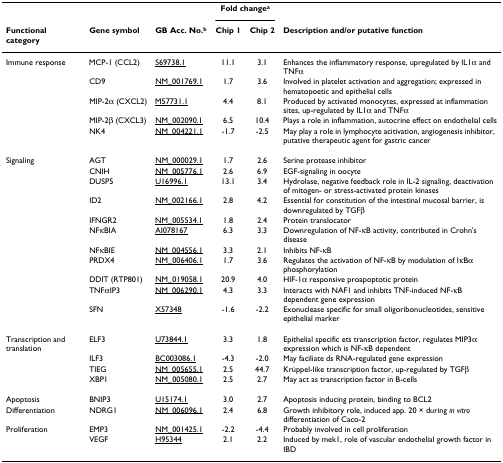
<table><thead><tr><td></td><td></td><td></td><td colspan="2"><b>Fold change<sup>a</sup></b></td><td></td></tr><tr><td><b>Functional category</b></td><td><b>Gene symbol</b></td><td><b>GB Acc. No.<sup>b</sup></b></td><td><b>Chip 1</b></td><td><b>Chip 2</b></td><td><b>Description and/or putative function</b></td></tr></thead><tbody><tr><td>Immune response</td><td>MCP-1 (CCL2)</td><td>S69738.1</td><td>11.1</td><td>3.1</td><td>Enhances the inflammatory response, upregulated by IL1α and TNFα</td></tr><tr><td></td><td>CD9</td><td>NM_001769.1</td><td>1.7</td><td>3.6</td><td>Involved in platelet activation and aggregation; expressed in hematopoetic and epithelial cells</td></tr><tr><td></td><td>MIP-2α (CXCL2)</td><td>M57731.1</td><td>4.4</td><td>8.1</td><td>Produced by activated monocytes, expressed at inflammation sites, up-regulated by IL1α and TNFα</td></tr><tr><td></td><td>MIP-2β (CXCL3)</td><td>NM_002090.1</td><td>6.5</td><td>10.4</td><td>Plays a role in inflammation, autocrine effect on endothelial cells</td></tr><tr><td></td><td>NK4</td><td>NM_004221.1</td><td>-1.7</td><td>-2.5</td><td>May play a role in lymphocyte acitivation, angiogenesis inhibitor, putative therapeutic agent for gastric cancer</td></tr><tr><td>Signaling</td><td>AGT</td><td>NM_000029.1</td><td>1.7</td><td>2.6</td><td>Serine protease inhibitor</td></tr><tr><td></td><td>CNIH</td><td>NM_005776.1</td><td>2.6</td><td>6.9</td><td>EGF-signaling in oocyte</td></tr><tr><td></td><td>DUSP5</td><td>U16996.1</td><td>13.1</td><td>3.4</td><td>Hydrolase, negative feedback role in IL-2 signaling, deactivation of mitogen- or stress-activated protein kinases</td></tr><tr><td></td><td>ID2</td><td>NM_002166.1</td><td>2.8</td><td>4.2</td><td>Essential for constitution of the intestinal mucosal barrier, is downregulated by TGFβ</td></tr><tr><td></td><td>IFNGR2</td><td>NM_005534.1</td><td>1.8</td><td>2.4</td><td>Protein translocator</td></tr><tr><td></td><td>NFκBIA</td><td>AI078167</td><td>6.3</td><td>3.3</td><td>Downregulation of NF-κB activity, contributed in Crohn&#x27;s disease</td></tr><tr><td></td><td>NFκBIE</td><td>NM_004556.1</td><td>3.3</td><td>2.1</td><td>Inhibits NF-κB</td></tr><tr><td></td><td>PRDX4</td><td>NM_006406.1</td><td>1.7</td><td>3.6</td><td>Regulates the activation of NF-κB by modulation of IκBα phosphorylation</td></tr><tr><td></td><td>DDIT (RTP801)</td><td>NM_019058.1</td><td>20.9</td><td>4.0</td><td>HIF-1α responsive proapoptotic protein</td></tr><tr><td></td><td>TNFαIP3</td><td>NM_006290.1</td><td>4.3</td><td>3.3</td><td>Interacts with NAF1 and inhibits TNF-induced NF-κB dependent gene expression</td></tr><tr><td></td><td>SFN</td><td>X57348</td><td>-1.6</td><td>-2.2</td><td>Exonuclease specific for small oligoribonucleotides, sensitive epithelial marker</td></tr><tr><td>Transcription and translation</td><td>ELF3</td><td>U73844.1</td><td>3.3</td><td>1.8</td><td>Epithelial specific ets transcription factor, regulates MIP3α expression which is NF-κB dependent</td></tr><tr><td></td><td>ILF3</td><td>BC003086.1</td><td>-4.3</td><td>-2.0</td><td>May faciliate ds RNA-regulated gene expression</td></tr><tr><td></td><td>TIEG</td><td>NM_005655.1</td><td>2.5</td><td>44.7</td><td>Krüppel-like transcription factor, up-regulated by TGFβ</td></tr><tr><td></td><td>XBP1</td><td>NM_005080.1</td><td>2.5</td><td>2.7</td><td>May act as transcription factor in B-cells</td></tr><tr><td>Apoptosis</td><td>BNIP3</td><td>U15174.1</td><td>3.0</td><td>2.7</td><td>Apoptosis inducing protein, binding to BCL2</td></tr><tr><td>Differentiation</td><td>NDRG1</td><td>NM_006096.1</td><td>2.4</td><td>6.8</td><td>Growth inhibitory role, induced app. 20 × during <i>in vitro </i>differentiation of Caco-2</td></tr><tr><td>Proliferation</td><td>EMP3</td><td>NM_001425.1</td><td>-2.2</td><td>-4.4</td><td>Probably involved in cell proliferation</td></tr><tr><td></td><td>VEGF</td><td>H95344</td><td>2.1</td><td>2.2</td><td>Induced by mek1, role of vascular endothelial growth factor in IBD</td></tr></tbody></table>